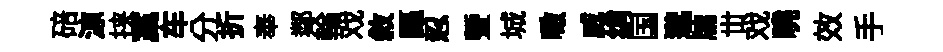
碚鿌挟藁车分折奉鄰輪戏敘謳忍暨城噉威绡国邈牗丗戏曉效手